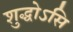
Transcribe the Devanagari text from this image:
शुद्धोऽसि